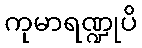
ကုမာရဏ္ဍုပိ